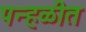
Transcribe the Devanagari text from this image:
पन्हळीत